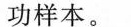
功样本。